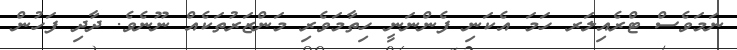
ނަމަވެސް ޓްރެއިލަރ ހަމަ އެކަނި ފެންނަނީ ހިތާމަވެރި މަންޒަރުތަކެއް ނޫނެވެ. ދާދި ފަހުން